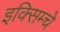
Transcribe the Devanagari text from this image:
इक्सिम्चे